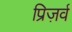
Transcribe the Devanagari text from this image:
प्रिज़र्व